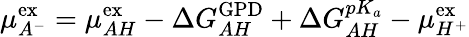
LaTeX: \mu_{A^{-}}^{\mathrm{{ex}}}=\mu_{AH}^{\mathrm{{ex}}}-\Delta G_{AH}^{\mathrm{{GPD}}}+\Delta G_{AH}^{pK_{a}}-\mu_{H^{+}}^{\mathrm{{ex}}}